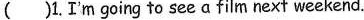
( )1.I'm going to see a film next weekend.